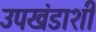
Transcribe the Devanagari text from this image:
उपखंडाशी